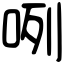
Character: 咧